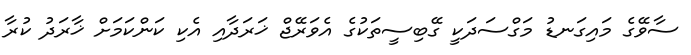
ސާވޭގެ މައިގަނޑު މަގްސަދަކީ ގޭބިސީތަކުގެ އެވަރޭޖް ޚަރަދާއި އެކި ކަންކަމަށް ޚާރަދު ކުރާ